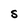
Character: S